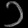
Digit: ၁